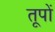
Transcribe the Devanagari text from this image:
तूपों